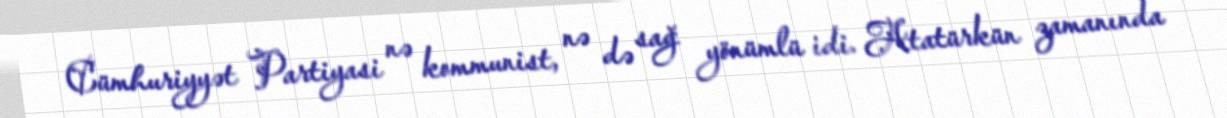
Cümhuriyyət Partiyasi nə kommunist, nə də sağ yönümlü idi. Atatürkün zamanında